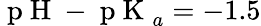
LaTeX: \mathrm{~p~H~}-\mathrm{~p~K~}_{a}=-1.5